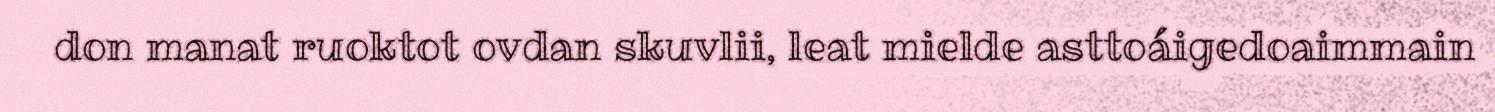
don manat ruoktot ovdan skuvlii, leat mielde asttoáigedoaimmain